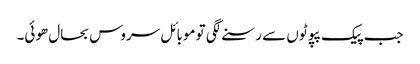
جب پیک پپوٹوں سے رسنے لگی تو موبائل سروس بحال ھوئی۔